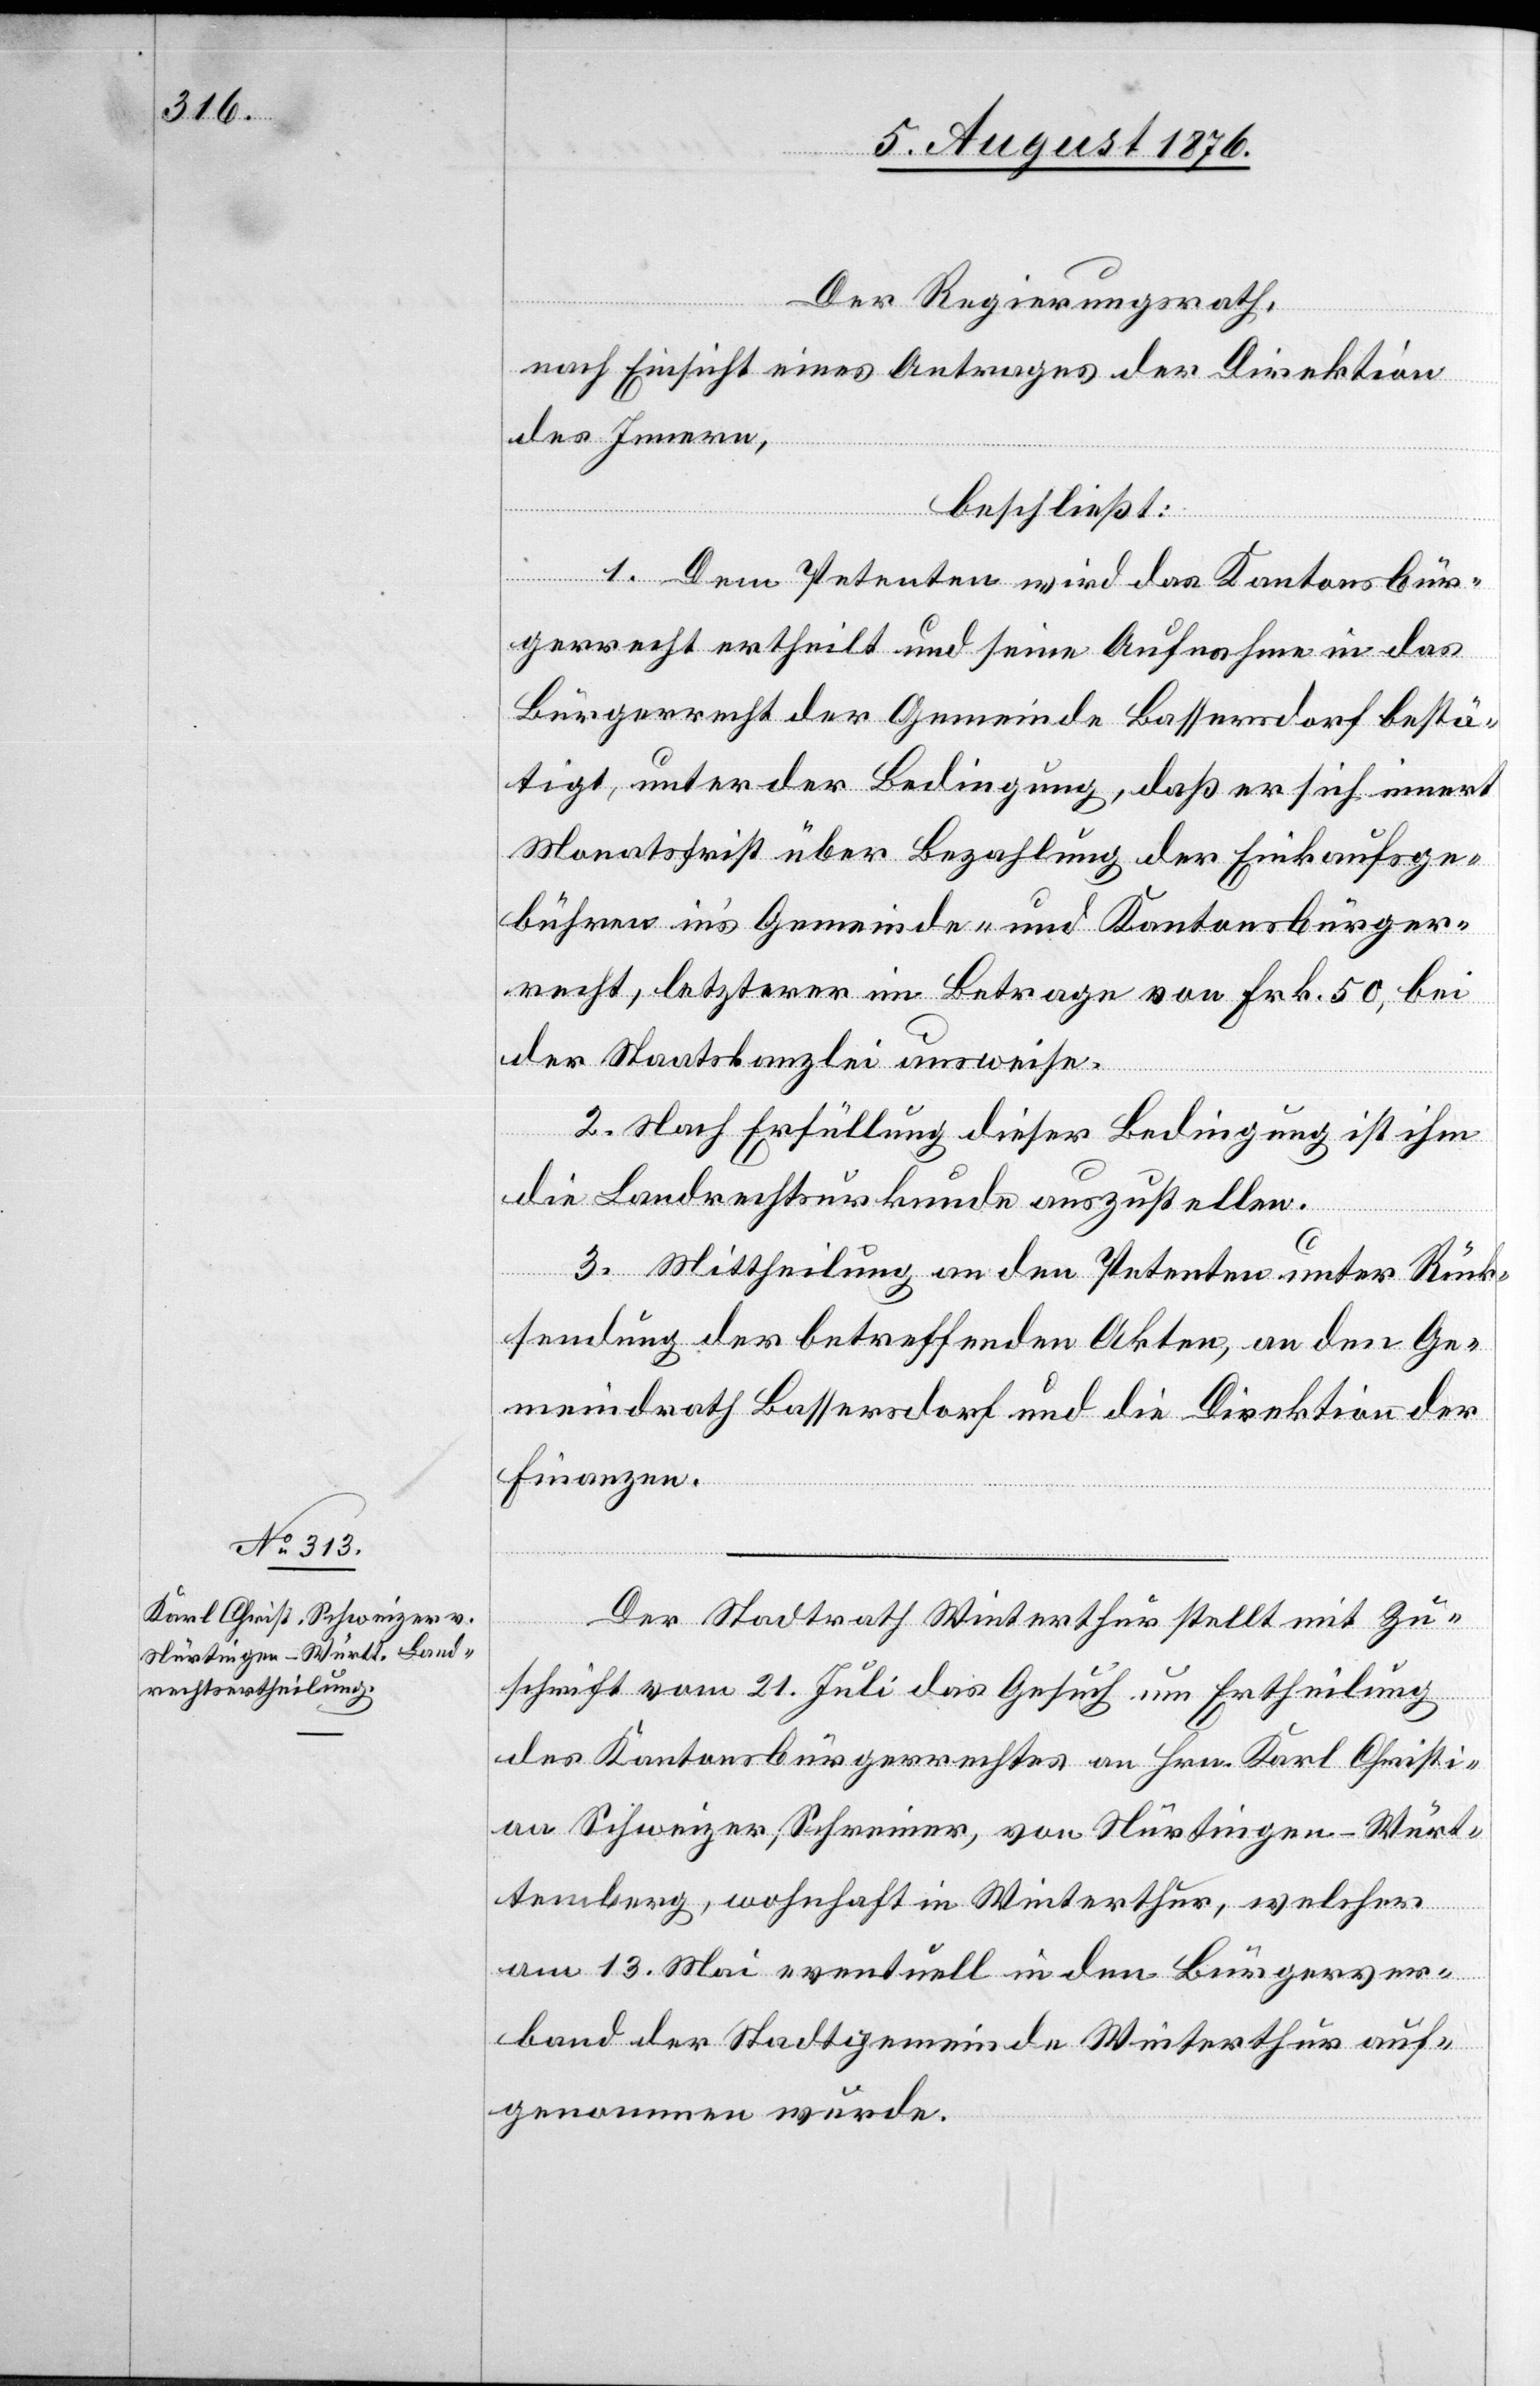
Der Regierungsrath,
nach Einsicht eines Antrages der Direktion
des Innern,
beschließt:
1. Dem Petenten wird das Kantonsbür¬
gerrecht ertheilt und seine Aufnahme in das
Bürgerrecht der Gemeinde Bassersdorf bestä¬
tigt, unter der Bedingung, daß er sich innert
Monatsfrist über Bezahlung der Einkaufsge¬
bühren in’s Gemeinde- und Kantonsbürger¬
recht, letzterer im Betrage von Frk. 50, bei
der Staatskanzlei ausweise.
2. Nach Erfüllung dieser Bedingung ist ihm
die Landrechtsurkunde auszustellen.
3. Mittheilung an den Petenten unter Rück¬
sendung der betreffenden Akten, an den Ge¬
meindrath Bassersdorf und die Direktion der
Finanzen.
Der Stadtrath Winterthur stellt mit Zu¬
schrift vom 21. Juli das Gesuch um Ertheilung
des Kantonsbürgerrechtes an Hrn. Karl Christi¬
an Schweizer, Schreiner, von Nürtingen - Würt¬
temberg, wohnhaft in Winterthur, welcher
am 13. Mai eventuell in den Bürgerver¬
band der Stadtgemeinde Winterthur auf¬
genommen wurde.